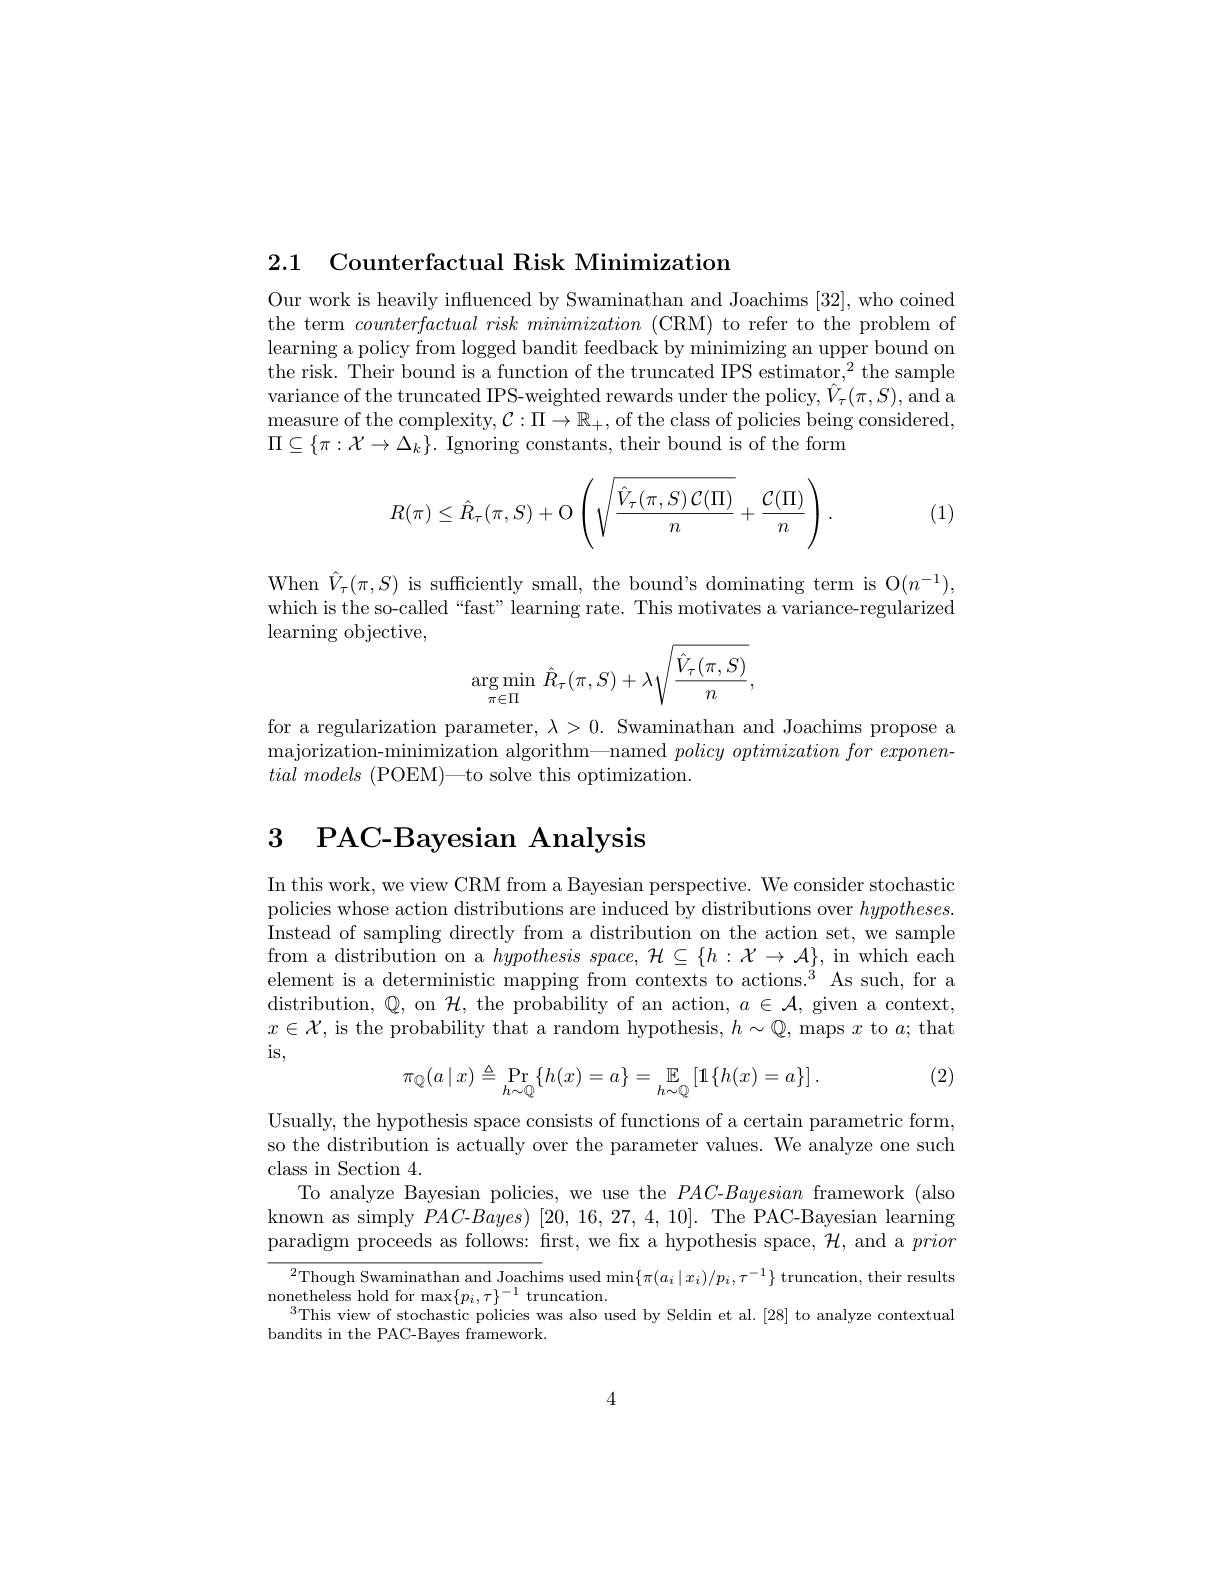
2.1 Counterfactual Risk Minimization

Our work is heavily influenced by Swaminathan and Joachims [32], who coined the term $counterfactual\textit{ risk minimization ( CRM) to refer to the problem of}$ learning a policy from logged bandit feedback by minimizing an upper bound on the risk. Their bound is a function of the truncated IPS estimator,$^2$the sample variance of the truncated IPS-weighted rewards under the policy, $\hat{V}_\tau(\pi,S)$,and a measure of the complexity, $\mathcal{C}:\Pi\to\mathbb{R}_+$, of the class of policies being considered, $\Pi\subseteq\{\pi:\mathcal{X}\to\Delta_k\}.$ Ignoring constants, their bound is of the form
$$R(\pi)\leq\hat{R}_\tau(\pi,S)+\mathrm{O}\left(\sqrt{\frac{\hat{V}_\tau(\pi,S)\:\mathcal{C}(\Pi)}{n}}+\frac{\mathcal{C}(\Pi)}{n}\right).$$
(1)

When $\hat{V}_{\tau}(\pi,S)$ is sufficiently small, the bound's dominating term is O$(n^{-1})$, which is the so-called“fast” learning rate. This motivates a variance-regularized learning objective,
$$\underset{\pi\in\Pi}{\arg\min}\:\hat R_\tau(\pi,S)+\lambda\sqrt{\frac{\hat V_\tau(\pi,S)}{n}},$$
for a regularization parameter, $\lambda>0.$ Swaminathan and Joachims propose a majorization-minimization algorithm—named $policy\textit{ optimization for exponen- }$ $tial\textit{ models ( POEM) — to solve this optimization}.$

# 3 PAC-Bayesian Analysis

In this work, we view CRM from a Bayesian perspective. We consider stochastic policies whose action distributions are induced by distributions over $hypotheses.$ Instead of sampling directly from a distribution on the action set, we sample from a distribution on a $hypothesisspace,{\mathcal H}\subseteq\{h:{\mathcal{X}}\to{\mathcal{A}}\}$, in which each element is a deterministic mapping from contexts to actions.$^{3}$ As such, for a distribution, $\mathbb{Q}$, on $\mathcal{H}$, the probability of an action, $a\in\mathcal{A}$, given a context, $x\in\mathcal{X}$, is the probability that a random hypothesis, $h\sim\mathbb{Q}$, maps $x$ to $a;$ that is,

(2)
$$\pi_{\mathbb{Q}}(a\mid x)\triangleq\operatorname*{Pr}_{h\sim\mathbb{Q}}\{h(x)=a\}=\mathop{\mathbb{E}}_{h\sim\mathbb{Q}}\left[1\{h(x)=a\}\right].$$
Usually, the hypothesis space consists of functions of a certain parametric form, so the distribution is actually over the parameter values. We analyze one such class in Section 4.
To analyze Bayesian policies, we use the $PAC$-Bayesian framework (also known as simply $PAC$-$Bayes)$ [20, 16, 27, 4, 10]. The PAC-Bayesian learning paradigm proceeds as follows: first, we fix a hypothesis space, $\mathcal{H}$, and a prion

$^{2}$Though Swaminathan and Joachims used min$\{\pi(a_i\mid x_i)/p_i,\tau^{-1}\}$ truncation, their results
$\operatorname*{nonetheless}$ hold for max$\{p_i,\tau\}^-1$ truncation.
$^{3}$This view of stochastic policies was also used by Seldin et al.[28] to analyze contextual
bandits in the PAC-Bayes framework.

4